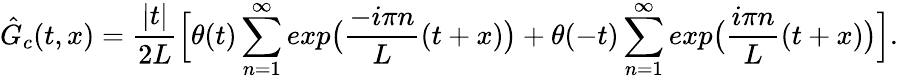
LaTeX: \hat{G}_{c}(t,x)={\frac{|t|}{2L}}\Big[\theta(t)\sum_{n=1}^{\infty}exp\big({\frac{-i\pi n}{L}}(t+x)\big)+\theta(-t)\sum_{n=1}^{\infty}exp\big({\frac{i\pi n}{L}}(t+x)\big)\Big].